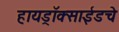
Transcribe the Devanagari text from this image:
हायड्राॅक्साईडचे